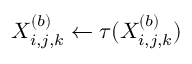
X _ { i , j , k } ^ { ( b ) } \gets \tau ( X _ { i , j , k } ^ { ( b ) } )